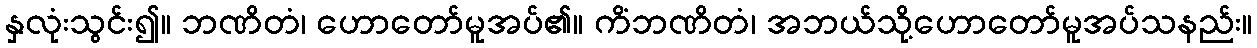
နှလုံးသွင်း၍။ ဘဏိတံ၊ ဟောတော်မူအပ်၏။ ကိံဘဏိတံ၊ အဘယ်သို့ဟောတော်မူအပ်သနည်း။